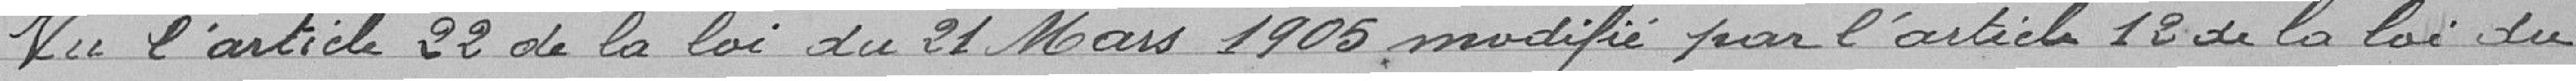
Vu l'article 22 de la loi du 21 Mars 1905 modifié par l'article 12 de la loi du